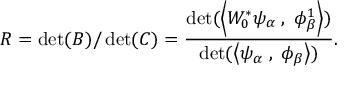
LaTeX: R = \operatorname * { d e t } ( B ) / \operatorname * { d e t } ( C ) = { \frac { \operatorname * { d e t } ( \left< W _ { 0 } ^ { * } \psi _ { \alpha } \; , \; \phi _ { \beta } ^ { 1 } \right> ) } { \operatorname * { d e t } ( \left< \psi _ { \alpha } \; , \; \phi _ { \beta } \right> ) } } .